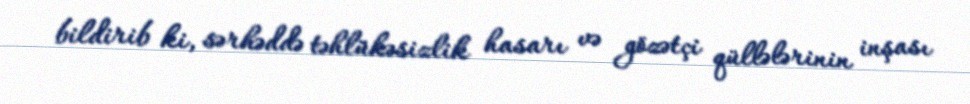
bildirib ki, sərhəddə təhlükəsizlik hasarı və gözətçi qüllələrinin inşası